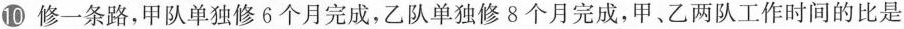
⑩修一条路，甲队单独修6个月完成，乙队单独修8个月完成，甲、乙两队工作时间的比是